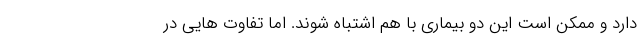
دارد و ممکن است این دو بیماری با هم اشتباه شوند. اما تفاوت هایی در